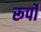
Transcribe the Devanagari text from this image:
रूर्पों